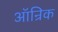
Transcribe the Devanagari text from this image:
ऑन्रिक